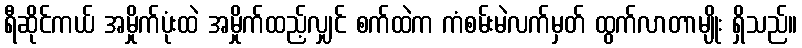
ရီဆိုင်ကယ် အမှိုက်ပုံးထဲ အမှိုက်ထည့်လျှင် စက်ထဲက ကံစမ်းမဲလက်မှတ် ထွက်လာတာမျိုး ရှိသည်။